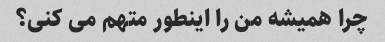
چرا همیشه من را اینطور متهم می کنی؟